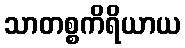
သာတစ္စကိရိယာယ